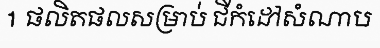
1 ផលិតផលសម្រាប់ ជីកំដៅសំណាប